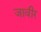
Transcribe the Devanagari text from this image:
जावीर